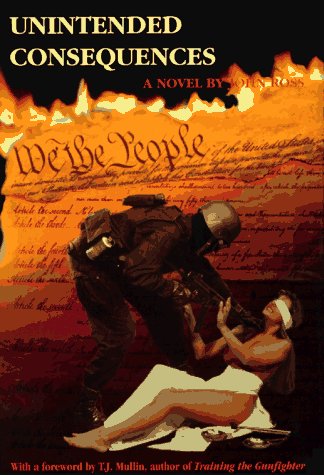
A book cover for Unintended Consequences; John Ross; Mystery, Thriller & Suspense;